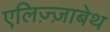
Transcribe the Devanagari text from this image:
एलिज़्ज़ाबेथ